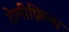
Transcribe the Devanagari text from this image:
टेलीफ़िल्म